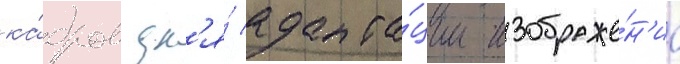
ка́дров дл'я́ адапта́ции изображе́н'иа